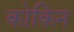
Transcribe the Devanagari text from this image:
कोकिन